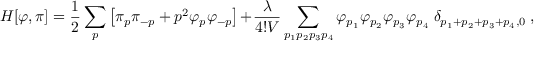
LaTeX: H [ \varphi , \pi ] = \frac { 1 } { 2 } \sum _ { p } \left[ \pi _ { p } \pi _ { - p } + p ^ { 2 } \varphi _ { p } \varphi _ { - p } \right] + { \frac { \lambda } { 4 ! V } } \sum _ { p _ { 1 } p _ { 2 } p _ { 3 } p _ { 4 } } \varphi _ { p _ { 1 } } \varphi _ { p _ { 2 } } \varphi _ { p _ { 3 } } \varphi _ { p _ { 4 } } ~ \delta _ { p _ { 1 } + p _ { 2 } + p _ { 3 } + p _ { 4 } , 0 } ~ ,